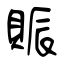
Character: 賑